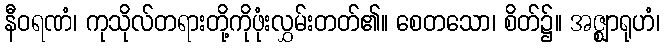
နီဝရဏံ၊ ကုသိုလ်တရားတို့ကိုဖုံးလွှမ်းတတ်၏။ စေတသော၊ စိတ်၌။ အဇ္ဈာရုဟံ၊